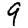
Digit: 9